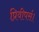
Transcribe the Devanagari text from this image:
प्रिवीपर्स।